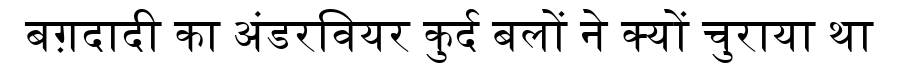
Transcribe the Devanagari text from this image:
बग़दादी का अंडरवियर कुर्द बलों ने क्यों चुराया था